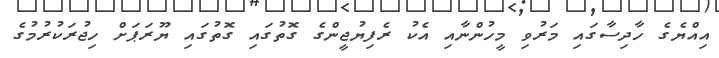
އިއްޔެގެ ހާދިސާގައި މަރުވި މީހުންނާއި އެކު ރެފިޔުޖީންގެ ގޮތުގައި ގޮތުގައި ޔޫރަޕަށް ހިޖުރަކުރުމުގެ